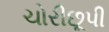
ચોરીછૂપી